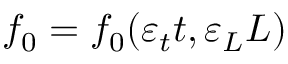
f _ { 0 } = f _ { 0 } ( \varepsilon _ { t } t , \varepsilon _ { L } L )